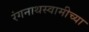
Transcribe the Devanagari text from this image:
रंगनाथस्वामीच्या